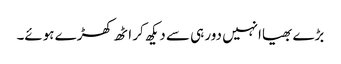
بڑے بھیاانہیں دور ہی سے دیکھ کر اٹھ کھڑے ہوئے۔